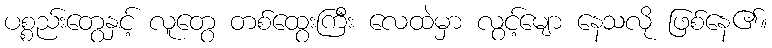
ပစ္စည်းတွေနှင့် လူတွေ တစ်ထွေးကြီး လေထဲမှာ လွင့်မျော နေသလို ဖြစ်နေ၏။